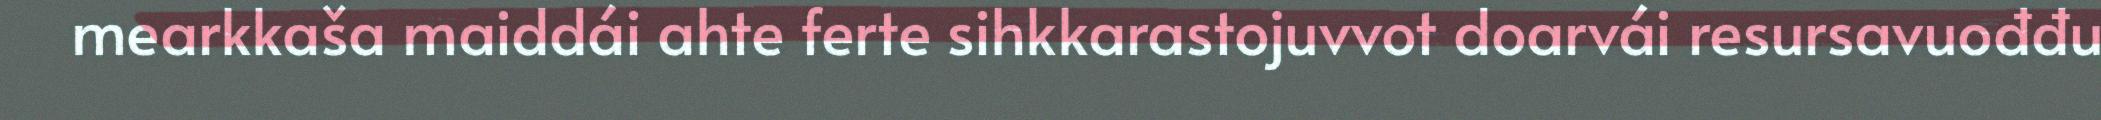
mearkkaša maiddái ahte ferte sihkkarastojuvvot doarvái resursavuođđu